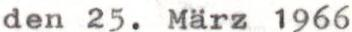
den 25. März.1966